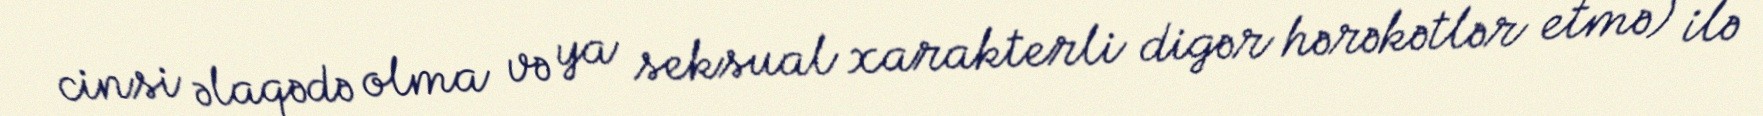
cinsi əlaqədə olma və ya seksual xarakterli digər hərəkətlər etmə) ilə